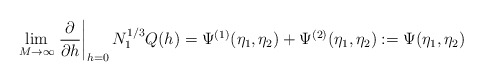
\begin{align*}\lim_{M\to\infty}\left.\frac{\partial}{\partial h}\right|_{h=0}N_1^{1/3}Q(h)=\Psi^{(1)}(\eta_1,\eta_2)+\Psi^{(2)}(\eta_1,\eta_2):=\Psi(\eta_1,\eta_2)\end{align*}